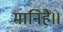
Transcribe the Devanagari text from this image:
मानिहैं।।